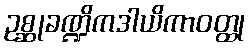
ဥစ္ဆုခဏ္ဍိကဒါယိကာဝတ္ထု